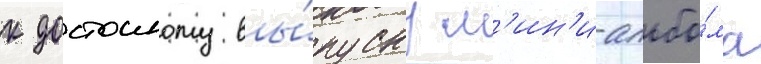
к достоиному вы́пуску м'ин'и-альбо́ма